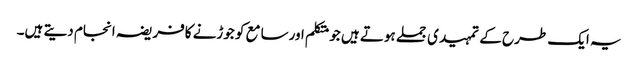
یہ ایک طرح کے تمہیدی جملے ہوتے ہیں جومتکلم اورسامع کو جوڑنے کافریضہ انجام دیتے ہیں۔